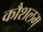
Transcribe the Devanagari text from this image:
कौशलम्